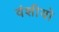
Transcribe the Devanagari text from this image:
वंशीयो